Supplement to the account of plague administration in the Bombay Presidency from September 1896 till May 1897
Year: 1896
Disease focus: Plague
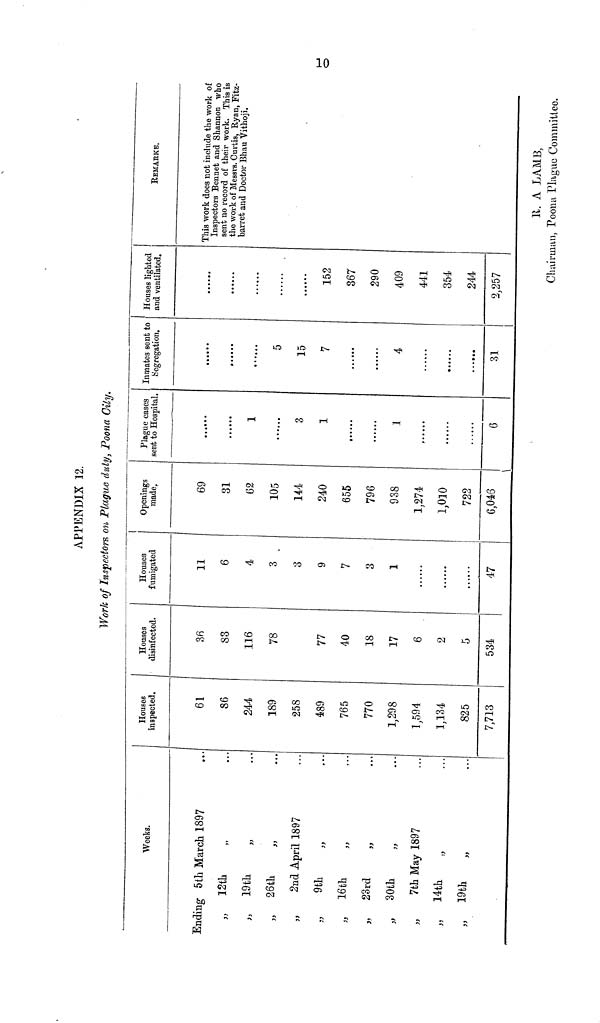
APPENDIX 12.
Work of Inspectors on Plague duty, Poona Oily.
Weeks.
Ending 5th March 1897
„
12th „
„
19th „
„ 26th „
„
2nd April 1897
„
9th „
„ 16th „
„ 23rd „
„ 30th
„
„ 7th May 1897
„
14th
„
„
19th
„
•••
...
...
...
...
...
...
...
...
...
...
...
Houses
inspected.
61
86
244
189
258
489
765
770
1,298
1,594
1,134
825
7,713
Houses
disinfected.
36
83
116
78
77
40
18
17
6
2
5
534
Houses
fumigated
11
6
4
3
3
9
7
3
1
......
......
......
47
Openings
made,
69
31
62
105
144
240
655
796
938
1,274
1,010
722
6,046
Plague cases
sent to Hospital.
......
......
1
......
3
1
......
......
1
......
......
......
6
Inmates sent to
Segregation.
......
......
......
5
15
7
......
......
4
......
......
......
31
Houses lighted
and ventilated.
......
......
......
......
......
152
367
290
409
441
354
244
2,257
REMARKS.
This work does not include the work of
Inspectors Bennet and Shannon who
sent no record of their work. This is
the work of Messrs. Curtis, Ryan, Fitz-
barret and Doctor Bhau Vithoji.
R. A. LAMB,
Chairman, Poona Plague Committee.